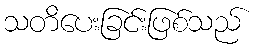
သတိပေးခြင်းဖြစ်သည်